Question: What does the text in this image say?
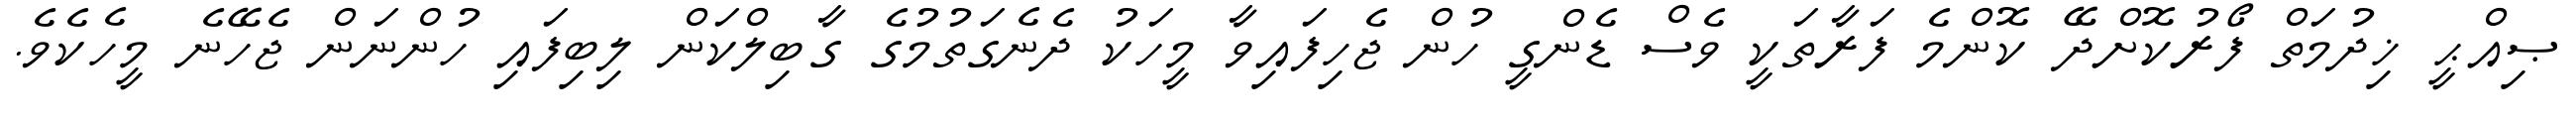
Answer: ޞިއްޙީ ޚިދުމަތް ފޯރުކޮށްދޭ ކޮންމެ ފަރާތަކީ ވެސް ޑެންގީ ހުން ޖެހިފައިވާ މީހަކު ދެނެގަތުމުގެ ގާބިލްކަން ލިބިފައި ހުންނަން ޖެހޭނެ މީހެކެވެ.